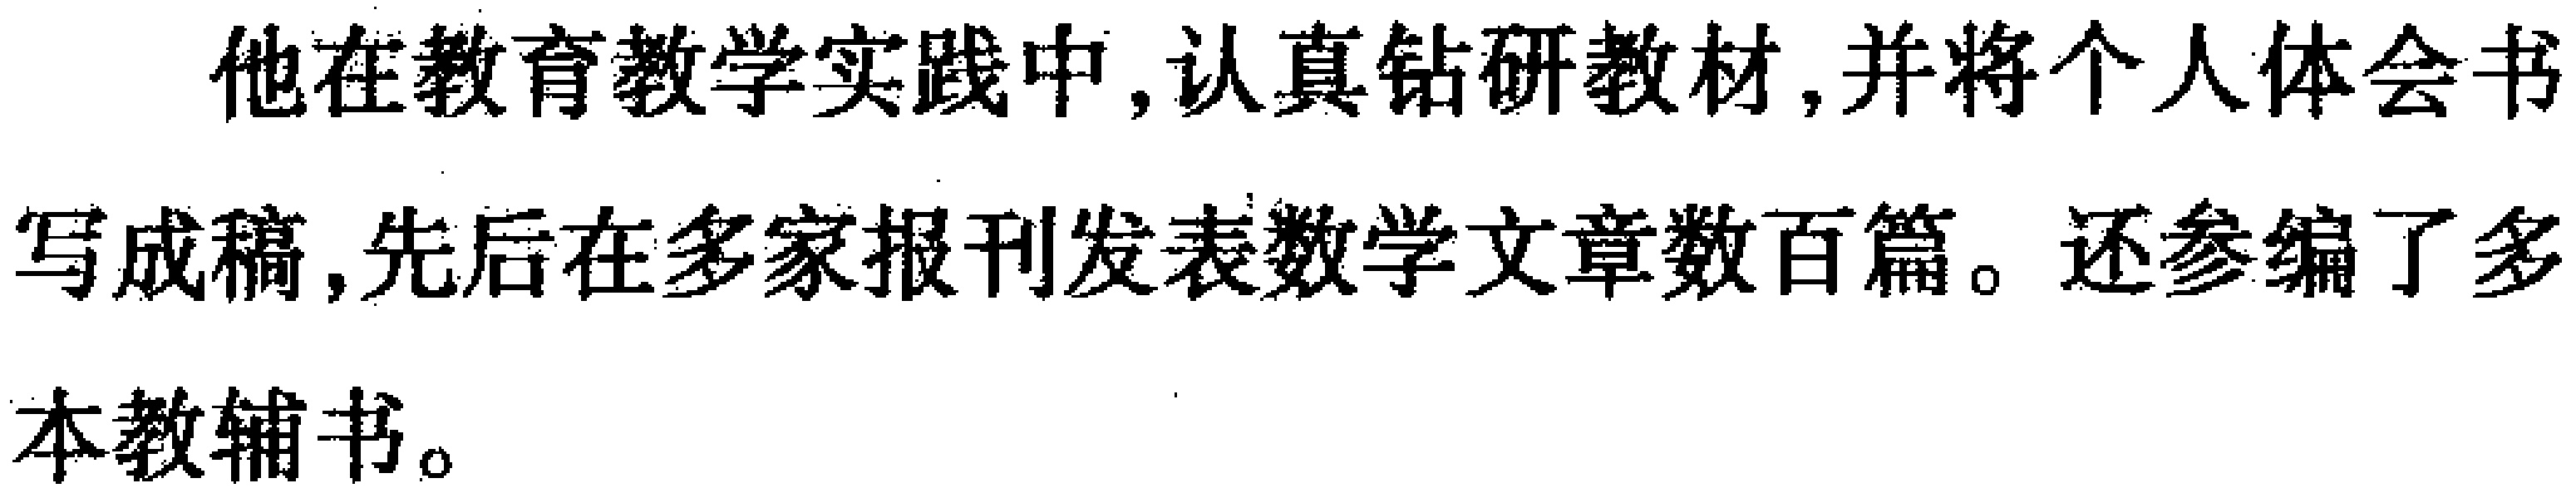
他在教育教学实践中,认真钻研教材,并将个人体会书写成稿,先后在多家报刊发表数学文章数百篇。还参编了多本教辅书。